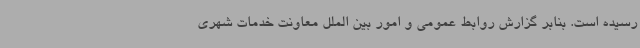
رسیده است. بنابر گزارش روابط عمومی و امور بین الملل معاونت خدمات شهری